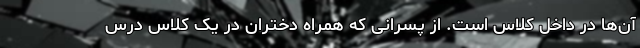
آن‌ها در داخل کلاس است. از پسرانی که همراه دختران در یک کلاس درس